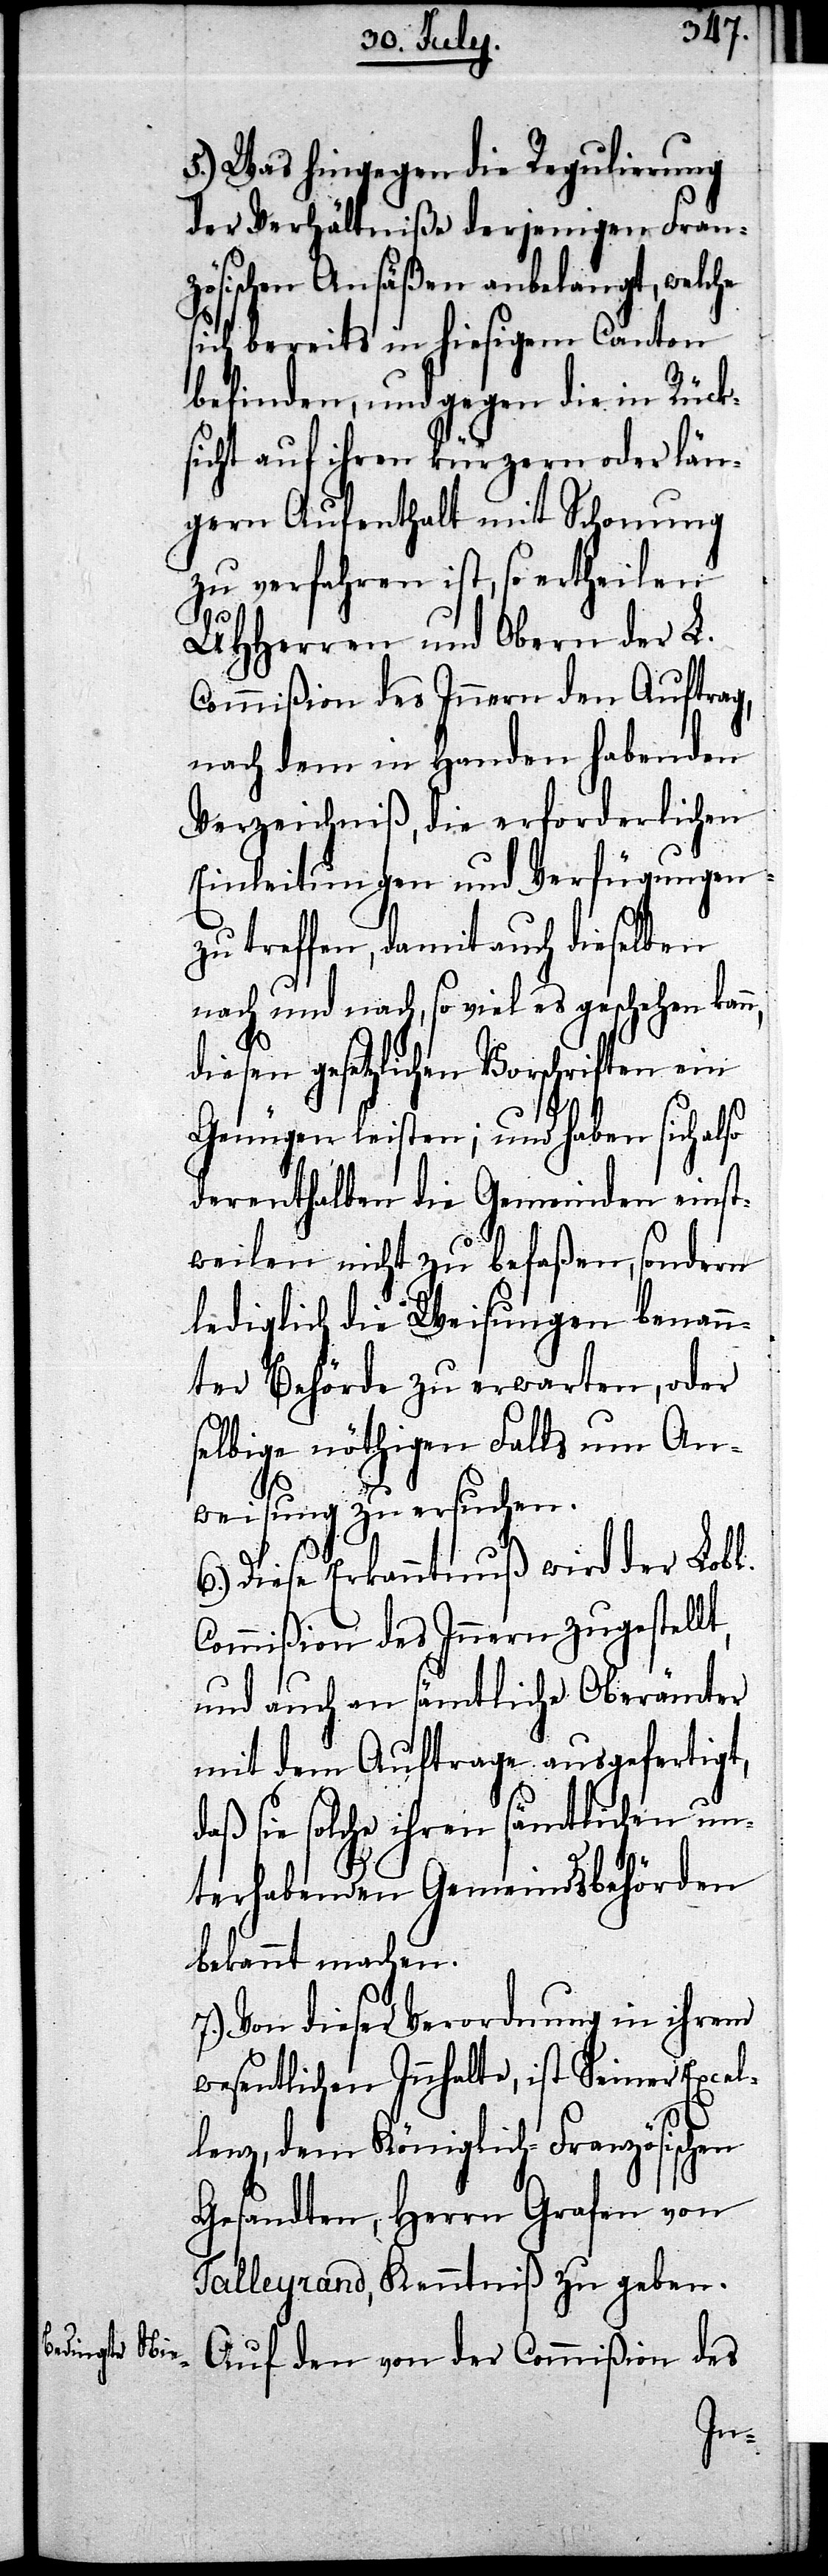
5.) Was hingegen die Regulierung
der Verhältniße derjenigen Fran¬
zösischen Ansäßen anbelangt, welche
sich bereits in hiesigem Canton
befinden, und gegen die in Rück¬
sicht auf ihren kürzern oder län¬
gern Aufenthalt mit Schonung
zu verfahren ist, so ertheilen
UHHerren und Obern der L.
Commißion des Innern den Auftrag
nach dem in Handen habenden
Verzeichniß, die erforderlichen
Einleitungen und Verfügungen
zu treffen, damit auch dieselben
nach und nach, so viel es geschehen kan¬
diesen gesetzlichen Vorschriften ein
Genügen leisten; und haben sich also
derenthalben die Gemeinden einst¬
weilen nicht zu befaßen, sondern
lediglich die Weisungen benann¬
ter Behörde zu erwarten, oder
selbige nöthigen Falls um An¬
weisung zu ersuchen.
6.) Diese Erkanntnuß wird der Lobl.
Commißion des Innern zugestellt,
und auch an sämtliche Oberämter
mit dem Auftrage ausgefertigt,
daß sie solche ihren sämtlichen un¬
terhabenden Gemeindsbehörden
bekannt machen.
7.) Von dieser Verordnung in ihrem
wesentlichen Innhalte, ist Seiner Excel¬
lenz, dem Königlich-Französischen
Gesandten, Herrn Grafen von
Talleyrand, Kenntniß zu geben.
Auf den von der Commißion des
n,